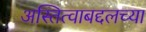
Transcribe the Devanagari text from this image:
अस्तित्वाबद्दलच्या